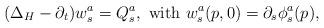
LaTeX: \begin{align*}(\Delta_H - \partial_t) w^a_s = Q^a_s, \mbox{ with } w^a_s (p, 0) = \partial_s \phi^a_s (p), \end{align*}